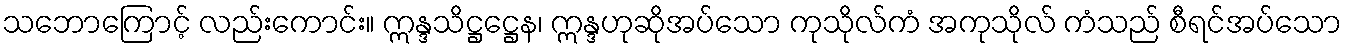
သဘောကြောင့် လည်းကောင်း။ ဣန္ဒသိဋ္ဌဋ္ဌေန၊ ဣန္ဒဟုဆိုအပ်သော ကုသိုလ်ကံ အကုသိုလ် ကံသည် စီရင်အပ်သော